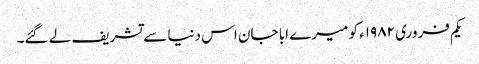
یکم فروری ۱۹۸۲ء کو میرے ابا جان اس دنیا سے تشریف لے گئے۔